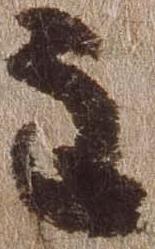
主